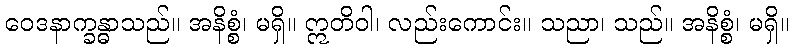
ဝေဒနာက္ခန္ဓာသည်။ အနိစ္စံ၊ မရှိ။ ဣတိဝါ၊ လည်းကောင်း။ သညာ၊ သည်။ အနိစ္စံ၊ မရှိ။